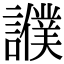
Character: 𧭎